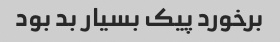
برخورد پیک بسیار بد بود